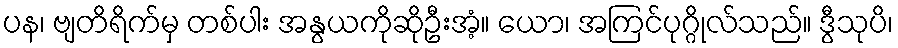
ပန၊ ဗျတိရိက်မှ တစ်ပါး အနွယကိုဆိုဦးအံ့။ ယော၊ အကြင်ပုဂ္ဂိုလ်သည်။ ဒွီသုပိ၊